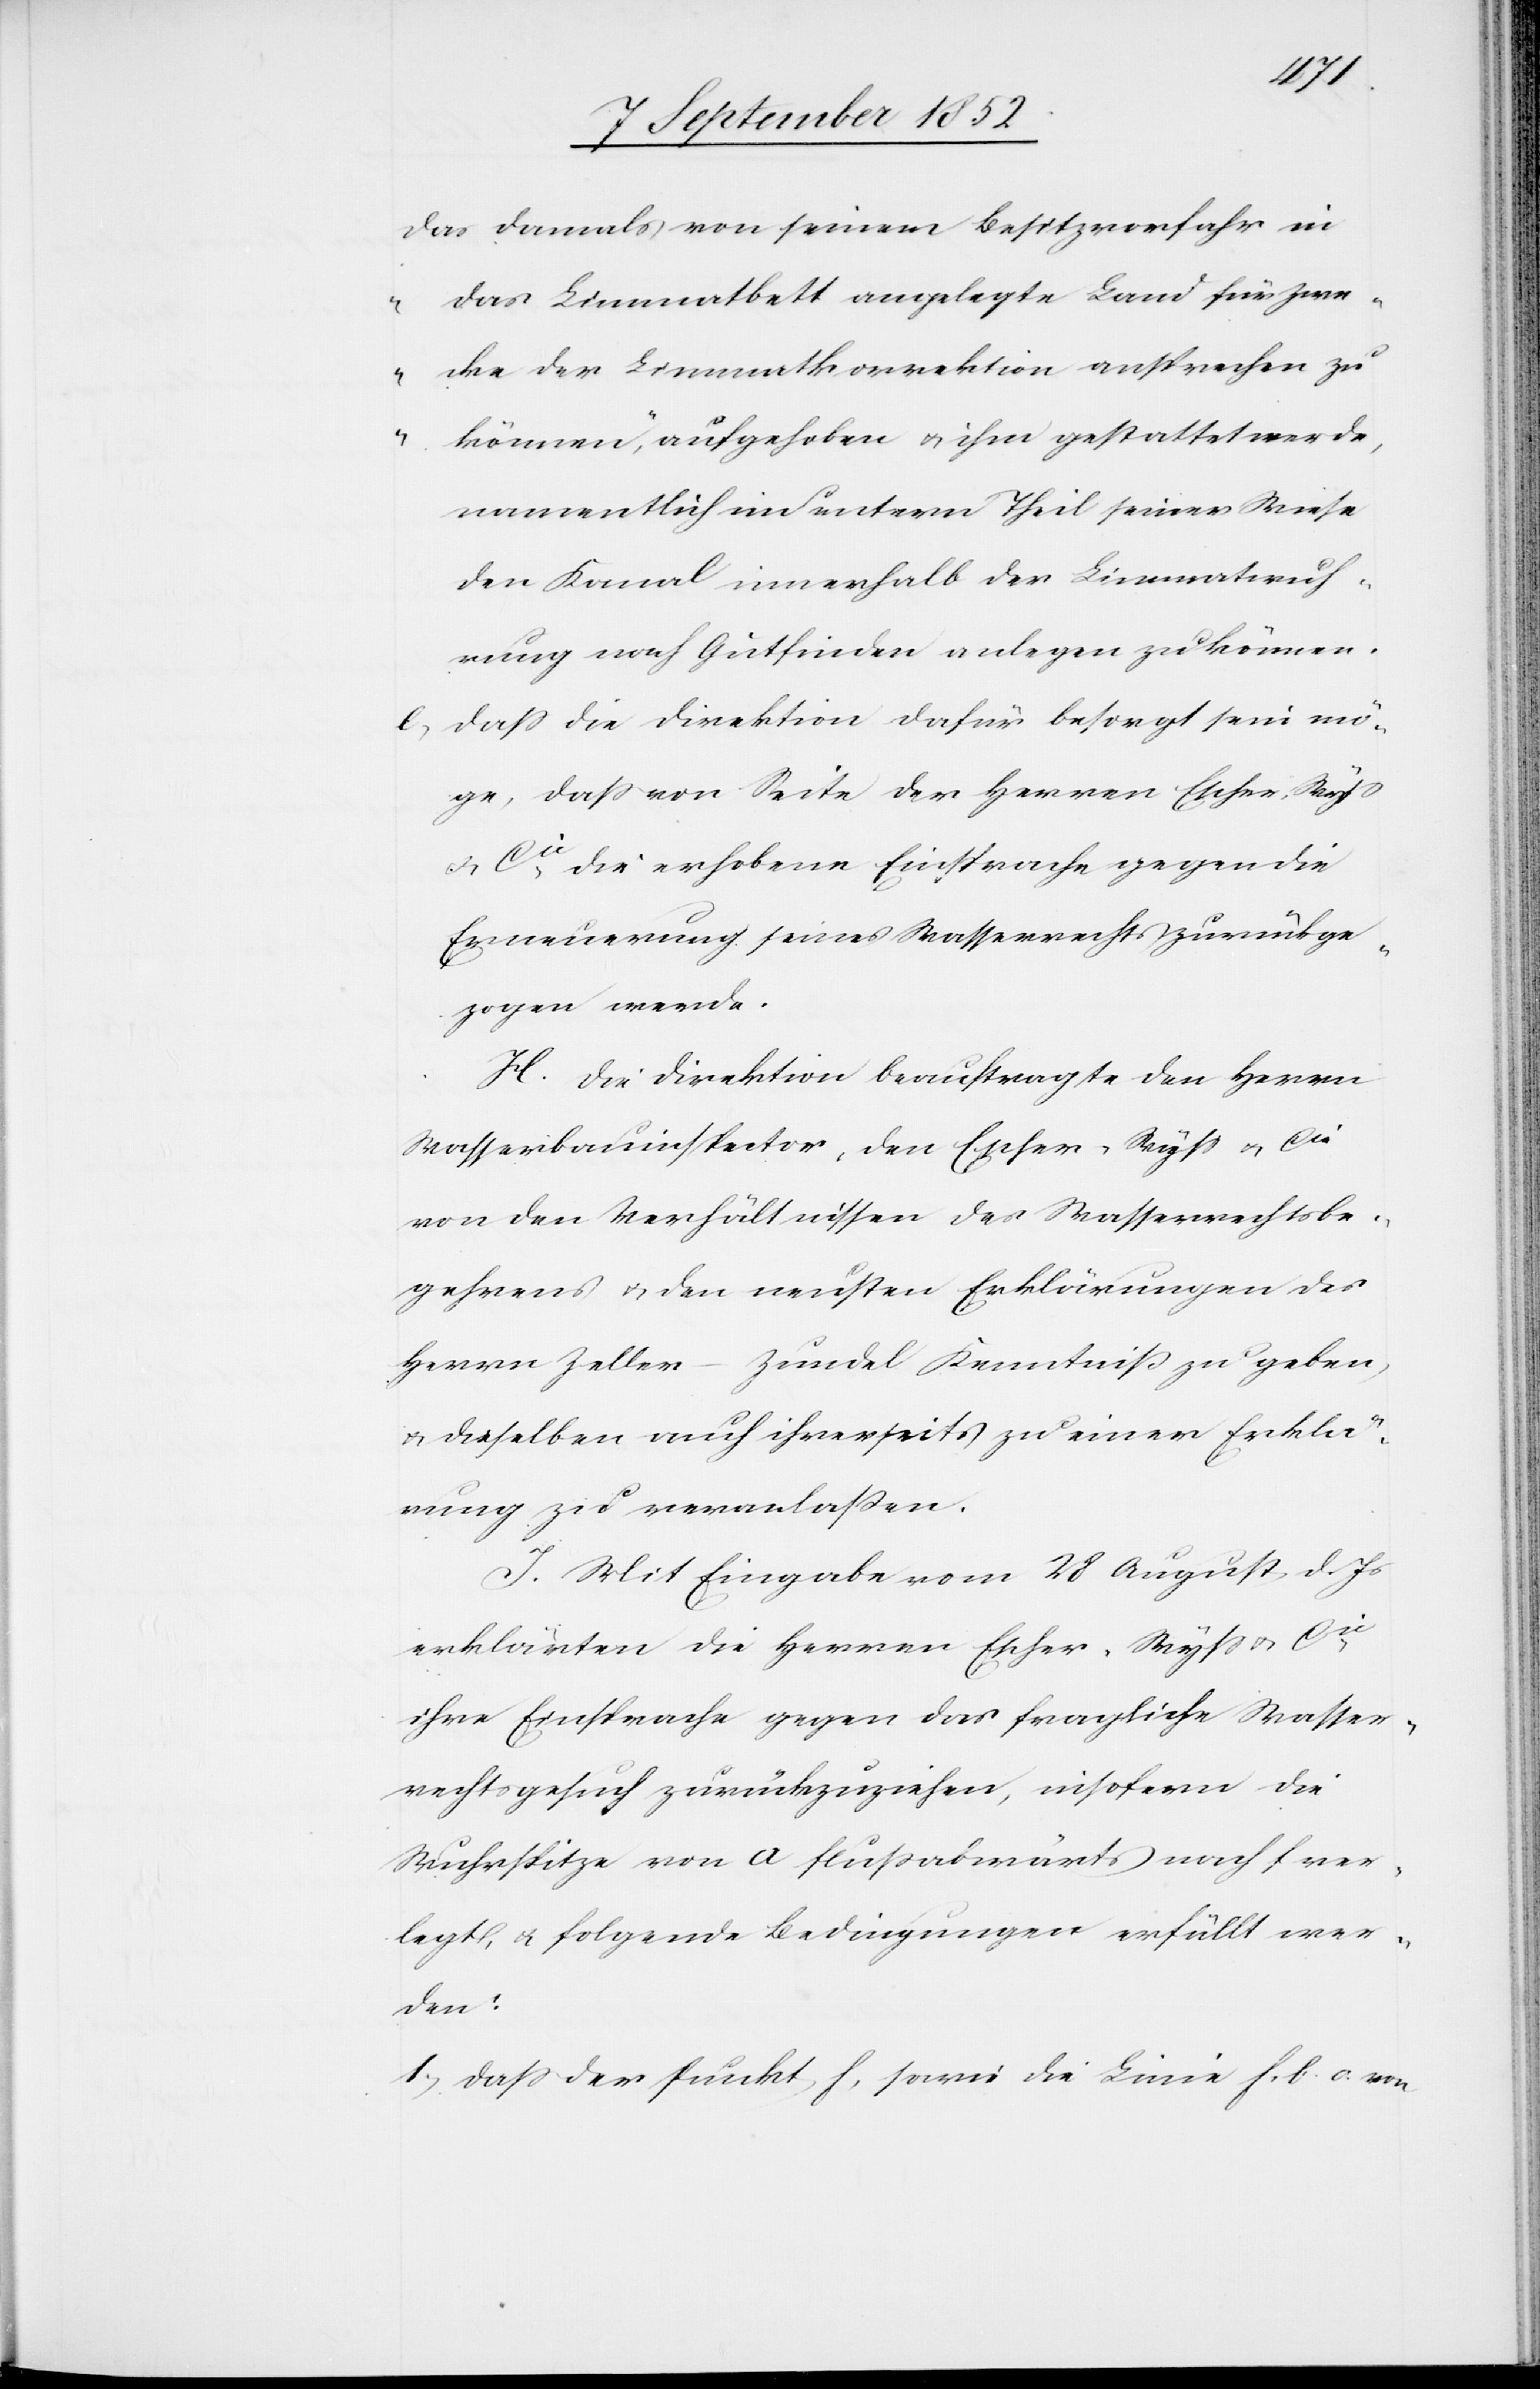
[„]das damals von seinem Besitzvorfahr in
das Limmatbett angelegte Land für Zwe¬
cke der Limmatkorrektion ansprechen zu
können,“ aufgehoben & ihm gestattet werde,
namentlich im untern Theil seiner Wiese
den Kanal innerhalb der Limmatwuh¬
rung nach Gutfinden anlegen zu können.
dass die Direktion dafür besorgt sein mö¬
ge, dass von Seite der Herren Escher, Wyss
& Cie. die erhobene Einsprache gegen die
Erneuerung seines Wasserrechts zurückge¬
zogen werde.
H. Die Direktion beauftragte den Herrn
von den Verhältnissen des Wasserrechtsbe¬
gehrens & den neusten Erklärungen des
Herrn Zeller-Zundel Kenntniß zu geben,
& dieselben auch ihrerseits zu einer Erklä¬
rung zu veranlaßen.
I. Mit Eingabe vom 28 August d. Js
erklärten die Herren Escher-Wyss & Cie.
ihre Einsprache gegen das fragliche Wasser¬
rechtsgesuch zurückzuziehen, insofern die
Wuhrspitze von a flußabwärts nach f ver¬
legt, & folgende Bedingungen erfüllt wer¬
den:
dass der Punkt f, sowie die Linie f. b. c. von